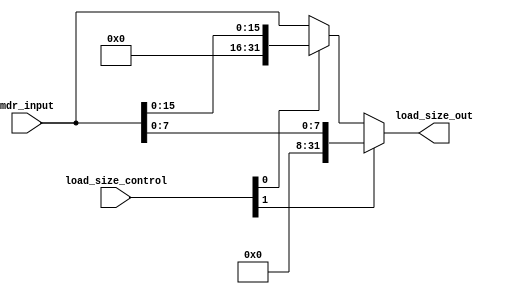
module F_load_size(
    input   wire  [1:0]   load_size_control, 
    input   wire  [31:0]  mdr_input,
    output  wire  [31:0]  load_size_out
);
    
    wire [31:0] LWH; // valor de lh ou lb

    // se o bit mais a direita for 1, ento  lh, caso contrrio  lw
    assign LWH = (load_size_control[0]) ? {{16'd0}, mdr_input[15:0]} : mdr_input;

    // caso o valor do bit mais a esquerda seja 1, ento  lb, caso contrrio,  o valor de lhb
    assign load_size_out = (load_size_control[1]) ? {{24'd0}, mdr_input[7:0]} : LWH;  
endmodule